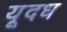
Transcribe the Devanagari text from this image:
यूदध